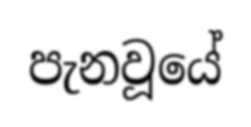
පැනවූයේ